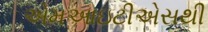
એમઆઇટીએસથી